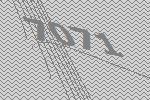
7071